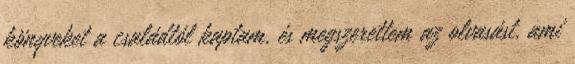
könyveket a családtól kaptam, és megszerettem az olvasást, ami